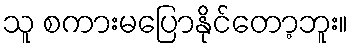
သူ စကားမပြောနိုင်တော့ဘူး။